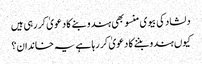
دلشاد کی بیوی منسو بھی ہندو بنے کا دعویٰ کر رہی ہیں
کیوں ہندو بننے کا دعویٰ کر رہا ہے یہ خاندان؟